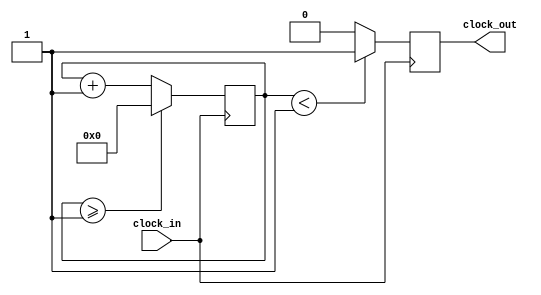
module Clock_Divider(clock_in,clock_out);
input clock_in;
output reg clock_out;
reg[27:0] counter=28'd0;
parameter DIVISOR = 28'd2;

always @(posedge clock_in)
begin
 counter <= counter + 28'd1;
 if(counter>=(DIVISOR-1))
  counter <= 28'd0;
 clock_out <= (counter<DIVISOR/2)?1'b1:1'b0;
end
endmodule